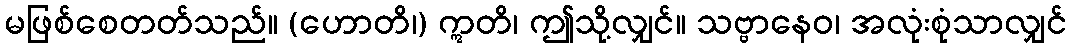
မဖြစ်စေတတ်သည်။ (ဟောတိ၊) ဣတိ၊ ဤသို့လျှင်။ သဗ္ဗာနေဝ၊ အလုံးစုံသာလျှင်